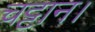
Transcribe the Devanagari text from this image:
चट्टान।